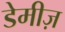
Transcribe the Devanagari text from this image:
डेमीज़